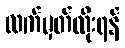
လက်မှတ်ထိုးရန်